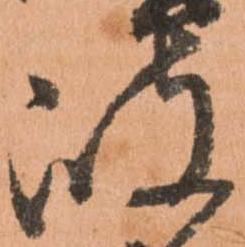
岐